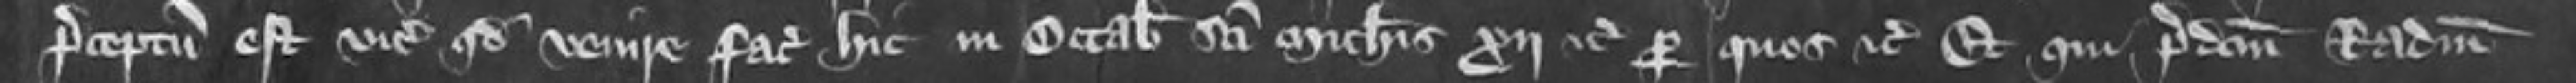
preceptum est vicecomites quod venire faciat hic in Octabis Sancti Michaelis XII etc per quos etc Et qui predictum Radulphum